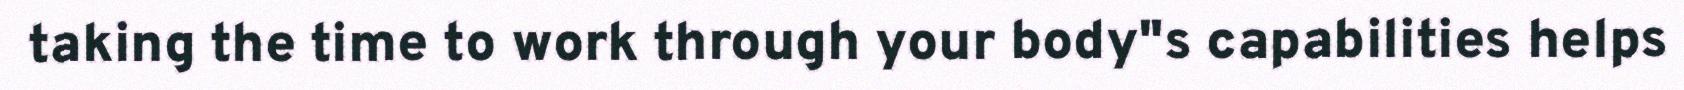
taking the time to work through your body"s capabilities helps